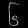
Digit: ၆